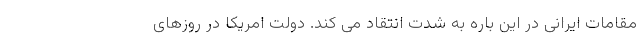
مقامات ایرانی در این باره به شدت انتقاد می کند. دولت امریکا در روزهای